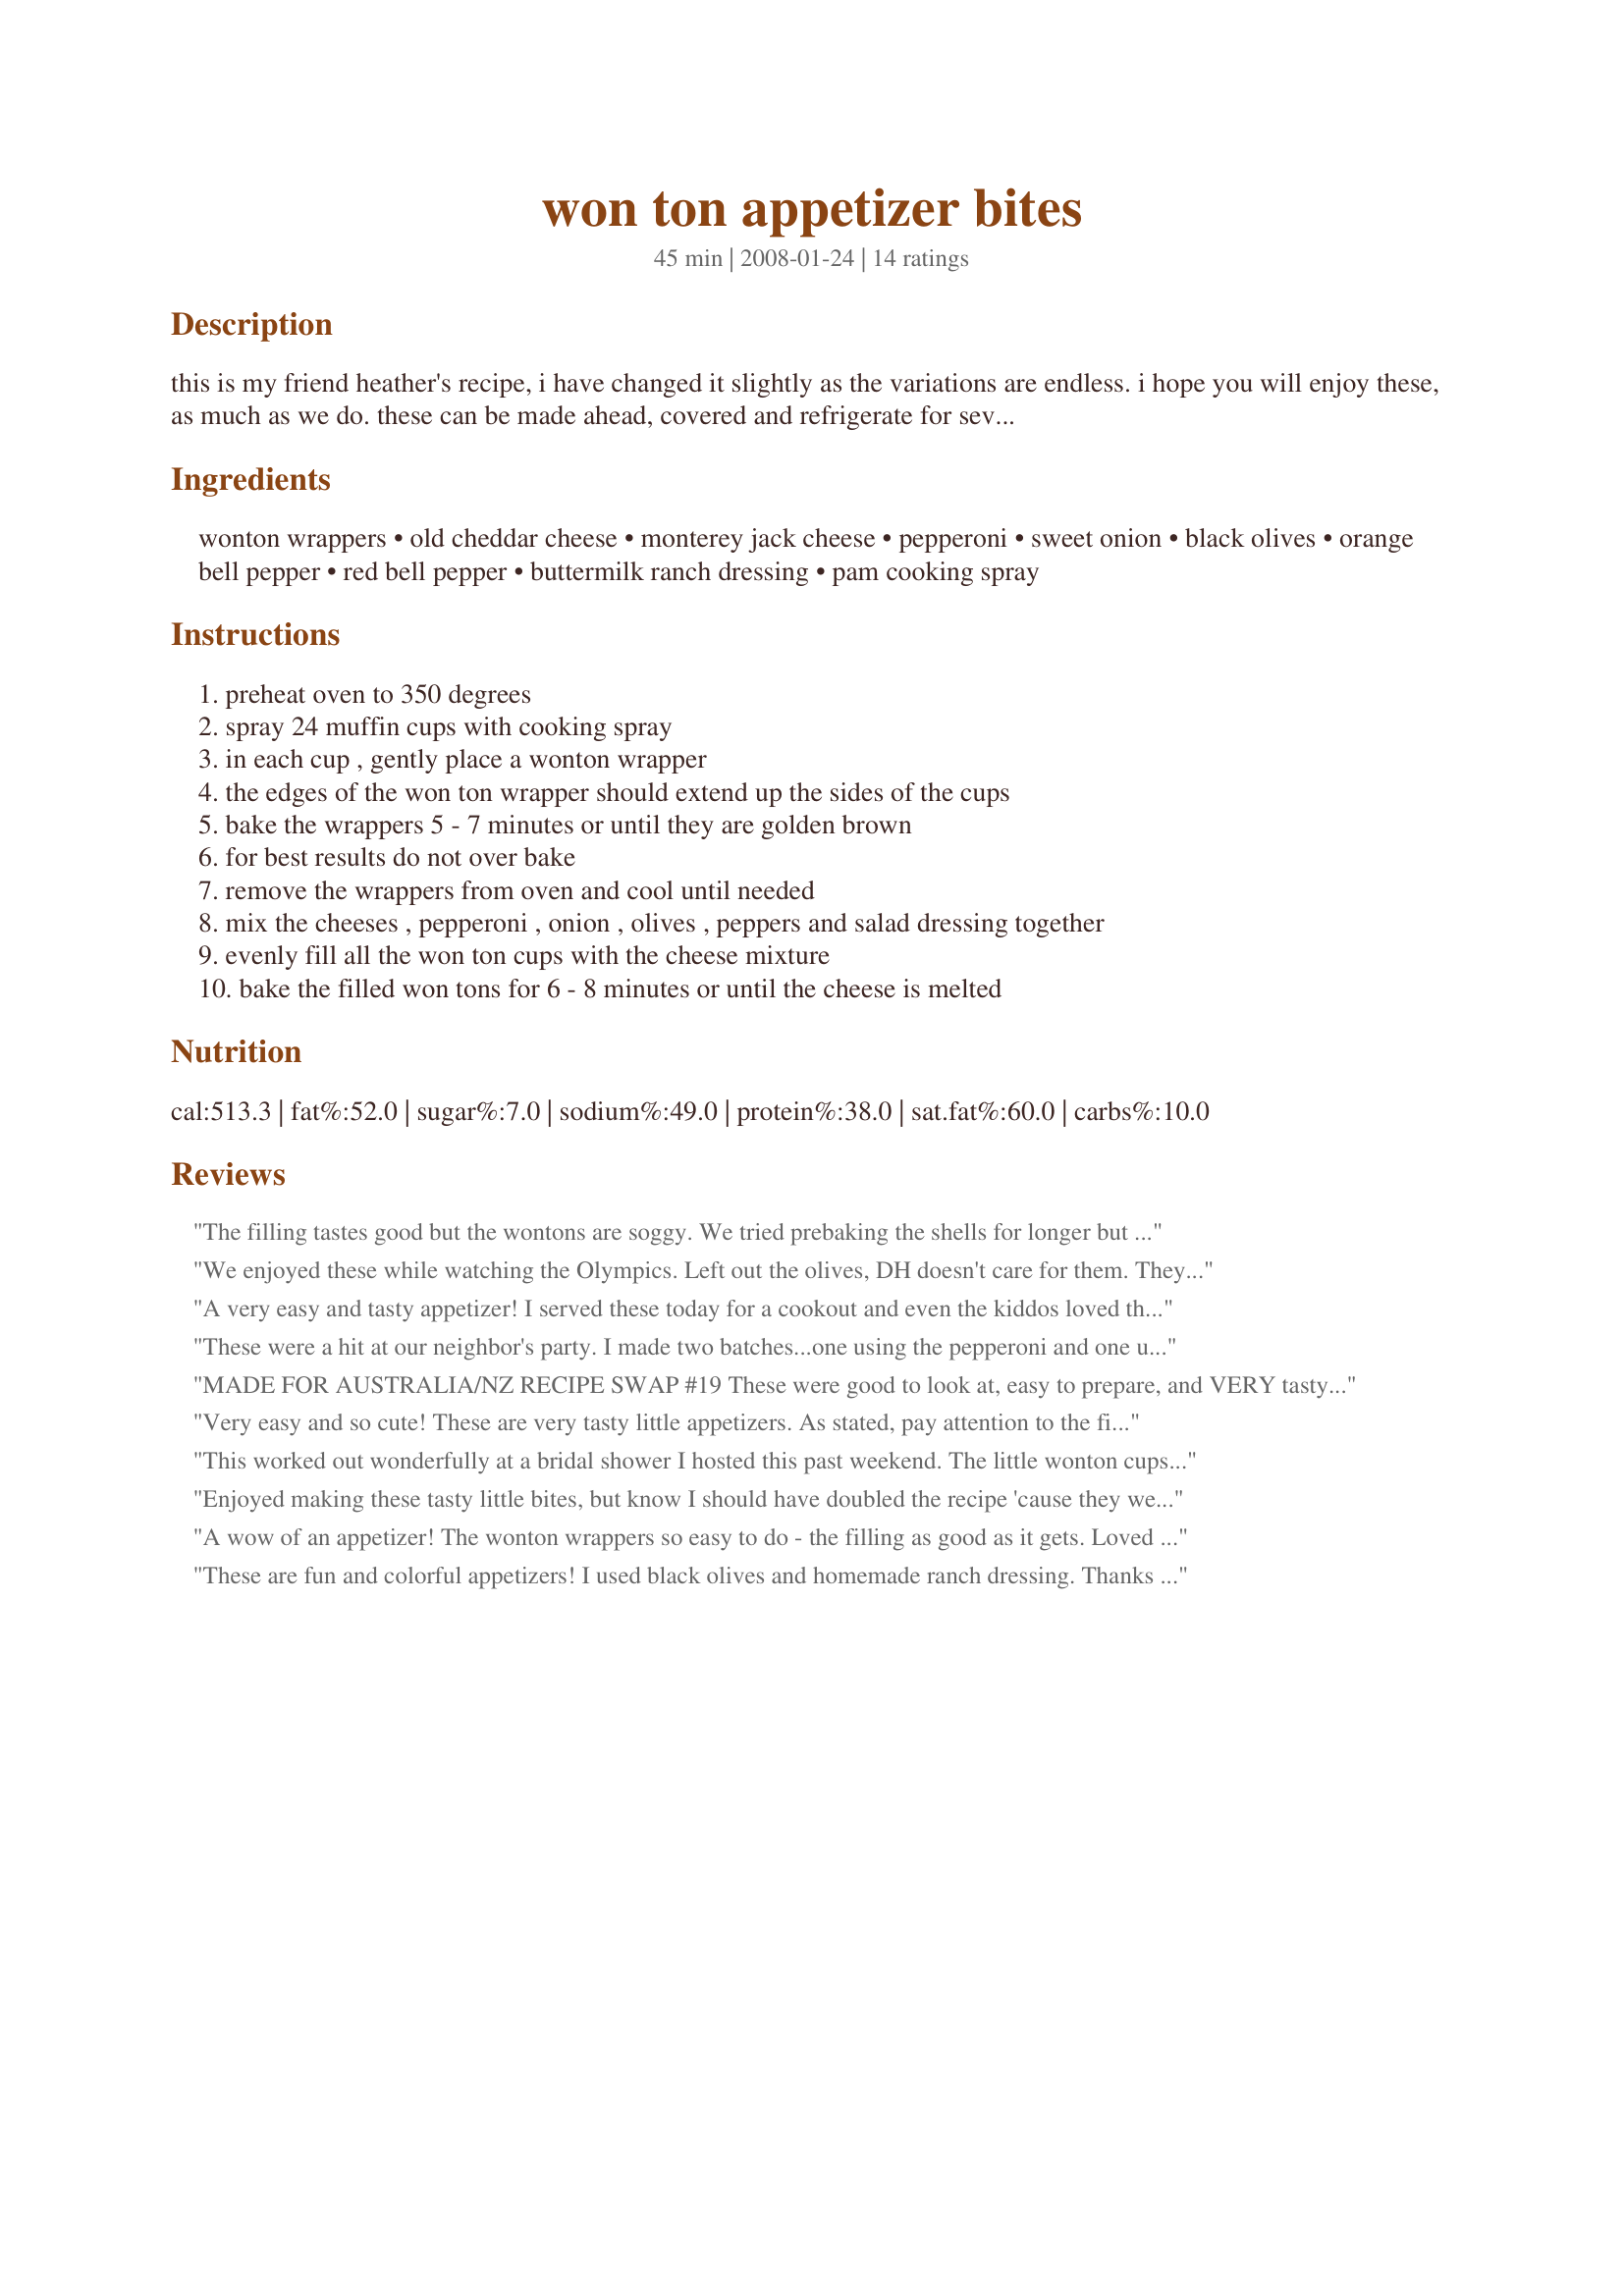
won ton appetizer bites
Preparation time: 45 minutes

this is my friend heather's recipe, i have changed it slightly as the variations are endless. i hope you will enjoy these, as much as we do. these can be made ahead, covered and refrigerate for several hours or overnight and baked when needed.

Ingredients:
wonton wrappers, old cheddar cheese, monterey jack cheese, pepperoni, sweet onion, black olives, orange bell pepper, red bell pepper, buttermilk ranch dressing, pam cooking spray

Steps:
preheat oven to 350 degrees
spray 24 muffin cups with cooking spray
in each cup , gently place a wonton wrapper
the edges of the won ton wrapper should extend up the sides of the cups
bake the wrappers 5 - 7 minutes or until they are golden brown
for best results do not over bake
remove the wrappers from oven and cool until needed
mix the cheeses , pepperoni , onion , olives , peppers and salad dressing together
evenly fill all the won ton cups with the cheese mixture
bake the filled won tons for 6 - 8 minutes or until the cheese is melted

Reviews:
The filling tastes good but the wontons are soggy. We tried prebaking the shells for longer but they still were soggy. We even tried frying the bottoms and then baking them in the oven. We then gave up and fried the wontons and baked the filling separately and served as a dip. I would not make these again.
We enjoyed these while watching the Olympics. Left out the olives, DH doesn't care for them. They are great and I'd like to try some other fillings as well. Yum!
A very easy and tasty appetizer! I served these today for a cookout and even the kiddos loved them! I liked that they could be made ahead of time then baked as needed as I was making several appetizer type dishes for an afternoon by the pool. Made for ZWT4.
These were a hit at our neighbor's party. I made two batches...one using the pepperoni and one using sausage. Both varieties turned out exceptional and they were gone in no time. This is fun to make and you can alter the ingredients for variety. Great lasting and they make a very nice presentation. Thanks so much for sharing it, Baby Kato!!!
MADE FOR AUSTRALIA/NZ RECIPE SWAP #19 These were good to look at, easy to prepare, and VERY tasty !! Shared them with friends, and noticed as they cooled, the won tons got a bit hard. Think I will try with PHYLLO shells soon. Thanks, BK, for a sure winner !
Very easy and so cute! These are very tasty little appetizers. As stated, pay attention to the first baking time of the wonton wrappers! I left the kitchen for too long and they were way too brown - fortunately I had plenty more. Note on number of servings - at first I thought that 24 appetizers would be way more than 4 servings - wrong! It's just about right - my guys just stood there and kept eating them! Thanks for posting!
This worked out wonderfully at a bridal shower I hosted this past weekend. The little wonton cups made such a pretty presentation. I filled mine with sweet turkey Italian sausage, pre made salsa and shredded cheese and topped with a dollop or sour cream. Delicious! Will definately make again.
Enjoyed making these tasty little bites, but know I should have doubled the recipe 'cause they were gone in no time! I liked the idea of sweet Italian sausage, so used that & THEY'RE OUTSTANDING! Thanks for sharing a great recipe! [Tagged, made & reviewed in Zaar Stars Tag Game]
A wow of an appetizer! The wonton wrappers so easy to do - the filling as good as it gets. Loved the combination. These look absolutely fantastic on the tray. Already in my appetizer cookbook. Another BK winner!
These are fun and colorful appetizers! I used black olives and homemade ranch dressing. Thanks for sharing, and for all of your work hosting the wonderful Comfort Cafe!
What a wonderful, fun snack to make. So easy to prepare. So full of flavor. I only made half the recipe but I wish I'd made more. DH ate almost the whole batch. Thanks BK for a wonderful keeper.
Made these for a movie watching snack. I left out the olives and peppers because I didn't have any. They were ok but not awesome. I may try adding a little cream cheese with the ranch next time. I also thought that cooking at a higher temp for less time would have made them crispier.
I was so excited to tag this, as I had egg roll wrappers to use up.....EGGROLL WRAPPERS, not wonton wrappers. :( I didn't realize until getting ready to make these, that I had eggroll wrappers, so I tried to make do, tho, in retrospect, I should have cut them down to size. Anyway, with some fancy folding, I got the wrappers in the tins, and proceeded with filling. I used some of the new philly cream cheese cooking sauce (italian cheese and herb flavor) in place of the ranch. I also skipped the peppers, as they don't agree with *one* of us. But added some different cheeses (cheddar, Kerrygold Dubliner, fresh shredded parmesan and mozzarella), with the chopped pepperoni and these came out beautifully, even with my myriad of mistakes and substitutions....the true test of an awesome recipe. Thanks for sharing these morsels, Baby Kato!
Very tasty! Made for Canada Day!
